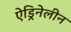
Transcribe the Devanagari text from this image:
ऐड्रिनेलीन